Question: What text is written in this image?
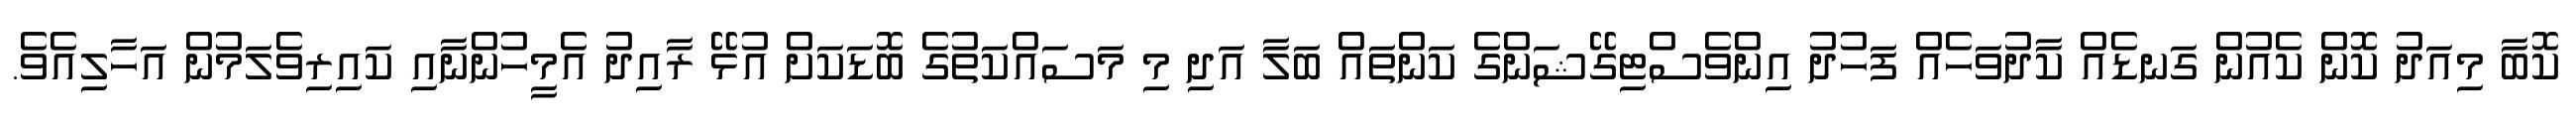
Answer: ކޮބާ މިއަދު ކޮން ކެއުން ގަނޑެއް ކާދުވަހެއް ފަހުދު އިންވެސްޓިގޭޝަންގެ ކަންތައް ބަލާ އަދި މި މަސައްކަތުގެ ބޮޑަކަށް އުޅޭ ރާއިދު އެމީހުންނާއި ކައިރިވެލަމުން އަހާލިއެވެ.